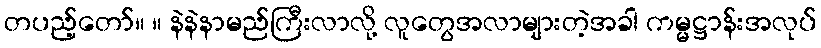
တပည့်တော်။ ။ နဲနဲနာမည်ကြီးလာလို့ လူတွေအလာများတဲ့အခါ ကမ္မဋ္ဌာန်းအလုပ်